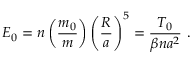
{ \cal E } _ { 0 } = n \left( \frac { m _ { 0 } } { m } \right) \left( \frac { R } { a } \right) ^ { 5 } = \frac { { \cal T } _ { 0 } } { \beta n a ^ { 2 } } \ .